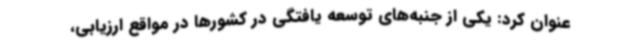
عنوان کرد: یکی از جنبه‌های توسعه یافتگی در کشورها در مواقع ارزیابی،